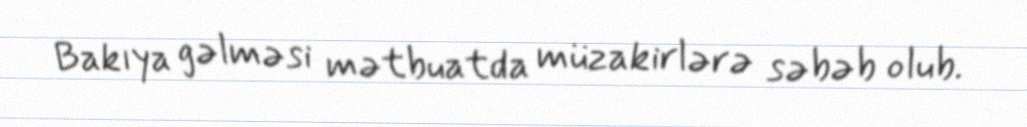
Bakıya gəlməsi mətbuatda müzakirlərə səbəb olub.